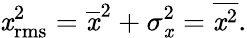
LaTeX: \mathit{x}_{\mathrm{{rms}}}^{2}={\overline{{{\mathit{x}}}}}^{2}+\sigma_{\mathit{x}}^{2}={\overline{{{\mathit{x}^{2}}}}}.